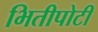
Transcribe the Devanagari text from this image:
भितीपोटी